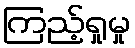
ကြည့်ရှုမှု